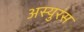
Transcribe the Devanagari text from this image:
अस्युरंस